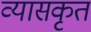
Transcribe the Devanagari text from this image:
व्यासकृतं